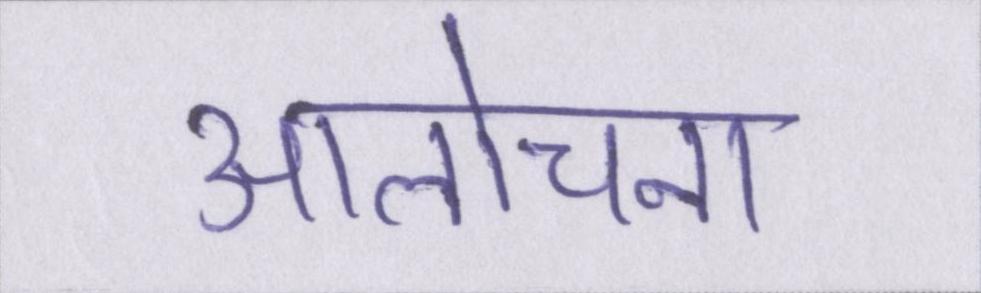
आलोचना